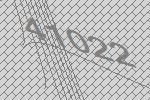
41022